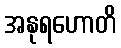
အနုရဟောတိ